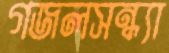
গজলসন্ধ্যা